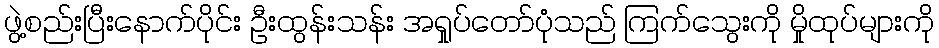
ဖွဲ့စည်းပြီးနောက်ပိုင်း ဦးထွန်းသန်း အရှုပ်တော်ပုံသည် ကြက်သွေးကို မှိုထုပ်များကို